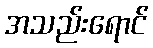
အသည်းရောင်